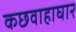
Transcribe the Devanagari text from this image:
कछवाहाघार